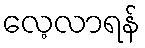
လေ့လာရန်